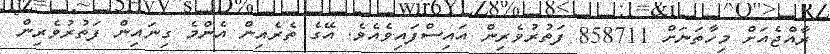
ރާއްޖެއަށް މިހާތަނަށް 858711 ފަތުރުވެރިން އައިސްފައިވެއެވެ. އޭގެ ތެރެއިން އެންމެ ގިނައިން ފަތުރުވެރިން